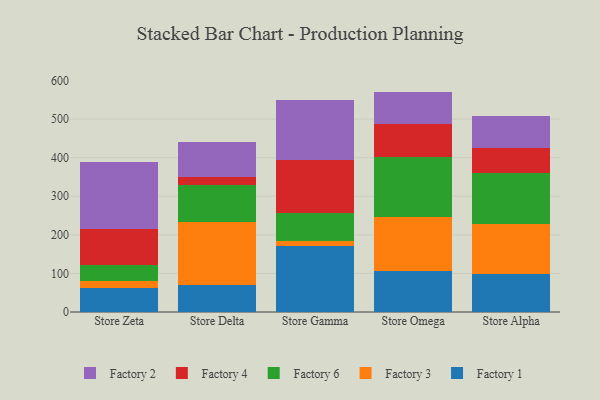
{"axis": {"x": "Store", "y": "Waste Production (Tons)"}, "legend": ["Factory 1", "Factory 2", "Factory 3", "Factory 4", "Factory 6"], "data": [{"x": "Store Zeta", "y": 61.2, "type": "Factory 1"}, {"x": "Store Zeta", "y": 18.4, "type": "Factory 3"}, {"x": "Store Zeta", "y": 42.4, "type": "Factory 6"}, {"x": "Store Zeta", "y": 92.8, "type": "Factory 4"}, {"x": "Store Zeta", "y": 173.4, "type": "Factory 2"}, {"x": "Store Delta", "y": 71.2, "type": "Factory 1"}, {"x": "Store Delta", "y": 162.1, "type": "Factory 3"}, {"x": "Store Delta", "y": 94.7, "type": "Factory 6"}, {"x": "Store Delta", "y": 21.6, "type": "Factory 4"}, {"x": "Store Delta", "y": 91.4, "type": "Factory 2"}, {"x": "Store Gamma", "y": 171.6, "type": "Factory 1"}, {"x": "Store Gamma", "y": 12.5, "type": "Factory 3"}, {"x": "Store Gamma", "y": 71.3, "type": "Factory 6"}, {"x": "Store Gamma", "y": 138.9, "type": "Factory 4"}, {"x": "Store Gamma", "y": 155.3, "type": "Factory 2"}, {"x": "Store Omega", "y": 105.3, "type": "Factory 1"}, {"x": "Store Omega", "y": 141.1, "type": "Factory 3"}, {"x": "Store Omega", "y": 154.9, "type": "Factory 6"}, {"x": "Store Omega", "y": 85.2, "type": "Factory 4"}, {"x": "Store Omega", "y": 84.9, "type": "Factory 2"}, {"x": "Store Alpha", "y": 99.5, "type": "Factory 1"}, {"x": "Store Alpha", "y": 129.3, "type": "Factory 3"}, {"x": "Store Alpha", "y": 132.7, "type": "Factory 6"}, {"x": "Store Alpha", "y": 64.9, "type": "Factory 4"}, {"x": "Store Alpha", "y": 81.0, "type": "Factory 2"}]}